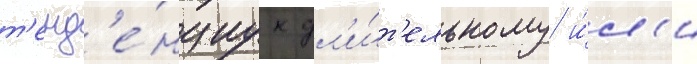
т'енд'е́нциу к дл'и́т'ельному и́л'и